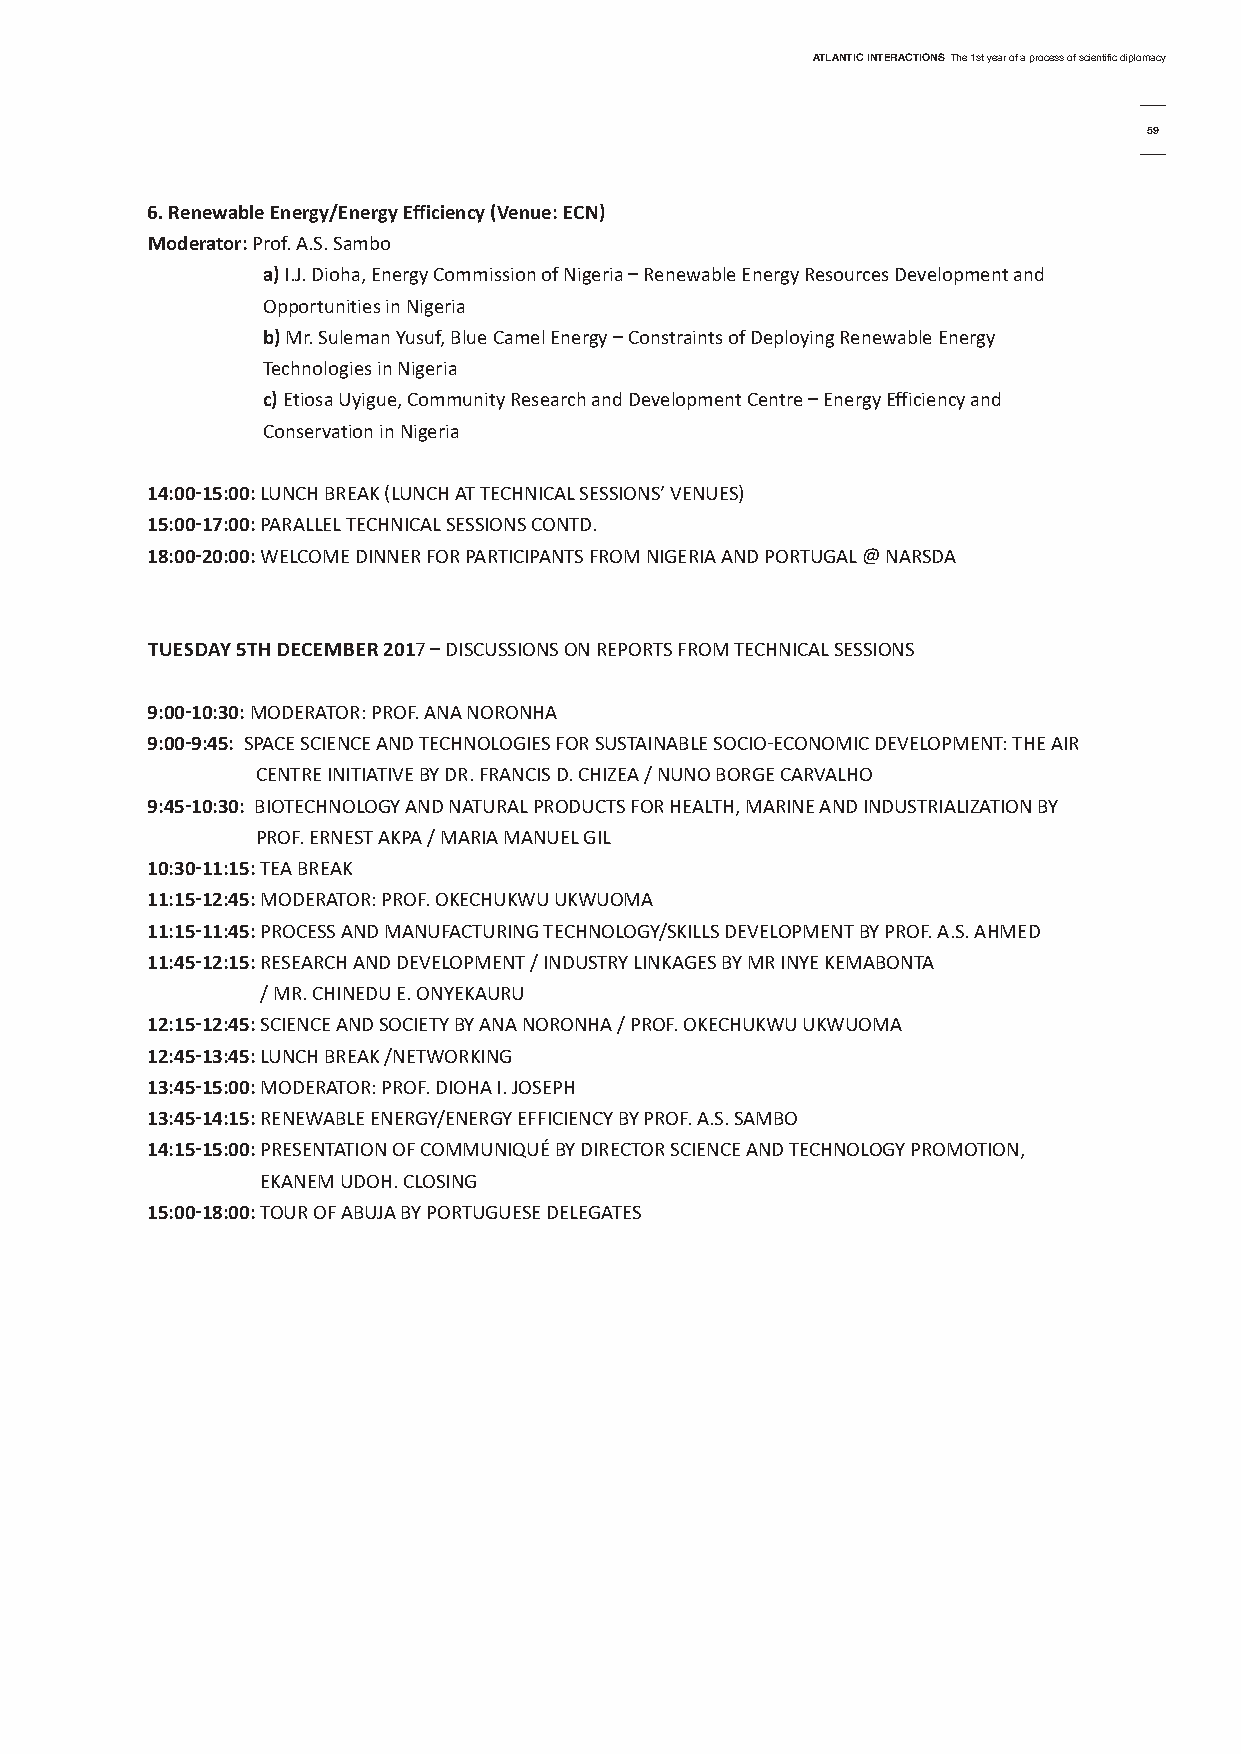
AtlAntic interActionsThe 1st year of a process of scientific diplomacy
 59
 6. renewable energy/energy efficiency (Venue: ecn)
 Moderator:Prof. A.S. Sambo
 a)I.J. Dioha, Energy Commission of Nigeria – Renewable Energy Resources Development and
 Opportunities in Nigeria
 b) Mr. Suleman yusuf, Blue Camel Energy – Constraints of Deploying Renewable Energy
 Technologies in Nigeria
 c) Etiosa Uyigue, Community Research and Development Centre – Energy Efficiency and
 Conservation in Nigeria
 14:00-15:00: LUNCH BREAK (LUNCH AT TECHNICAL SESSIONS’ VENUES)
 15:00-17:00:PARALLEL TECHNICAL SESSIONS CONTD.
 18:00-20:00: WELCOME DINNER FOR PARTICIPANTS FROM NIGERIA AND PORTUGAL @ NARSDA
 tuesdAy 5tH deceMber 2017 – DISCUSSIONS ON REPORTS FROM TECHNICAL SESSIONS
 9:00-10:30: MODERATOR: PROF. ANA NORONHA
 9:00-9:45: SPACE SCIENCE AND TECHNOLOGIES FOR SUSTAINABLE SOCIO-ECONOMIC DEVELOPMENT: THE AIR
 CENTRE INITIATIVE By DR. FRANCIS D. CHIZEA / NUNO BORGE CARVALHO
 9:45-10:30: BIOTECHNOLOGy AND NATURAL PRODUCTS FOR HEALTH, MARINE AND INDUSTRIALIZATION By
 PROF. ERNEST AKPA / MARIA MANUEL GIL
 10:30-11:15: TEA BREAK
 11:15-12:45:MODERATOR: PROF. OKECHUKWU UKWUOMA
 11:15-11:45:PROCESS AND MANUFACTURING TECHNOLOGy/SKILLS DEVELOPMENT By PROF. A.S. AHMED
 11:45-12:15:RESEARCH AND DEVELOPMENT / INDUSTRy LINKAGES By MR INyE KEMABONTA
 / MR. CHINEDU E. ONyEKAURU
 12:15-12:45:SCIENCE AND SOCIETy By ANA NORONHA / PROF. OKECHUKWU UKWUOMA
 12:45-13:45:LUNCH BREAK /NETWORKING
 13:45-15:00:MODERATOR: PROF. DIOHA I. JOSEPH
 13:45-14:15:RENEWABLE ENERGy/ENERGy EFFICIENCy By PROF. A.S. SAMBO
 14:15-15:00: PRESENTATION OF COMMUNIQUé By DIRECTOR SCIENCE AND TECHNOLOGy PROMOTION,
 EKANEM UDOH. CLOSING
 15:00-18:00: TOUR OF ABUJA By PORTUGUESE DELEGATES